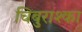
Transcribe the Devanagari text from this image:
चिबुराश्का